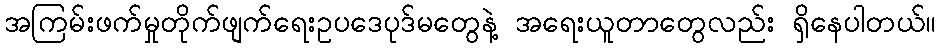
အကြမ်းဖက်မှုတိုက်ဖျက်ရေးဥပဒေပုဒ်မတွေနဲ့ အရေးယူတာတွေလည်း ရှိနေပါတယ်။